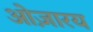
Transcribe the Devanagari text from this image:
ओज़ारय